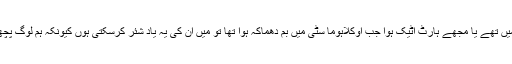
جب کوئی مریض کہتا ہے کہ ہم ٹرنر فال میں تھے یا مجھے ہارٹ اٹیک ہوا جب اوکلاہوما سٹی میں بم دھماکہ ہوا تھا تو میں ان کی یہ یاد شئر کرسکتی ہوں کیونکہ ہم لوگ پچھلے 20 سال سے اوکلاہوما کے شہری ہیں۔